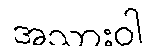
အသားဝါ